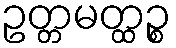
ဥတ္တမတ္ထဉ္စ